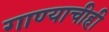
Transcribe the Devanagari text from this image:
गाण्याचीही